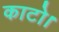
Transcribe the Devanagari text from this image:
काटो।